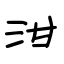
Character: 泔